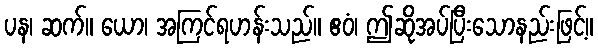
ပန၊ ဆက်။ ယော၊ အကြင်ရဟန်းသည်။ ဧဝံ၊ ဤဆိုအပ်ပြီးသောနည်းဖြင့်။